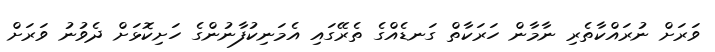
ވަރަށް ނުރައްކާތެރި ނާމާން ހަރަކާތް ގަނޑެއްގެ ތެރޭގައި އެމަނިކުފާނުންގެ ހަށިކޮޅަށް ދެވުނު ވަރަށް